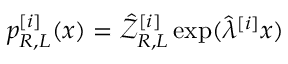
p _ { R , L } ^ { [ i ] } ( x ) = \hat { \mathcal { Z } } _ { R , L } ^ { [ i ] } \exp ( \hat { \lambda } ^ { [ i ] } x )